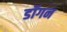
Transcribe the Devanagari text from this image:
डॉगन